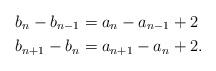
LaTeX: \begin{align*}b_n - b_{n-1} &= a_n-a_{n-1} + 2\\b_{n+1}-b_n &= a_{n+1}-a_n + 2.\end{align*}